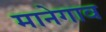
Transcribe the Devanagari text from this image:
मानेगाव